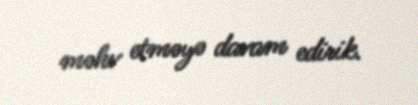
məhv etməyə davam edirik.